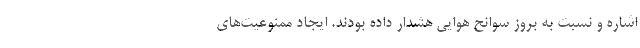
اشاره و نسبت به بروز سوانح هوایی هشدار داده بودند. ایجاد ممنوعیت‌های